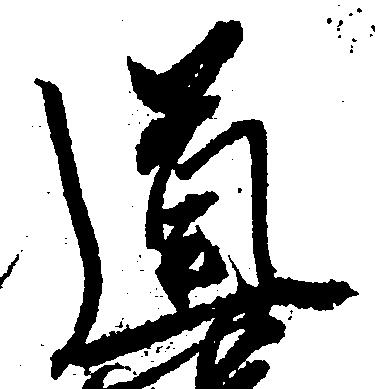
道